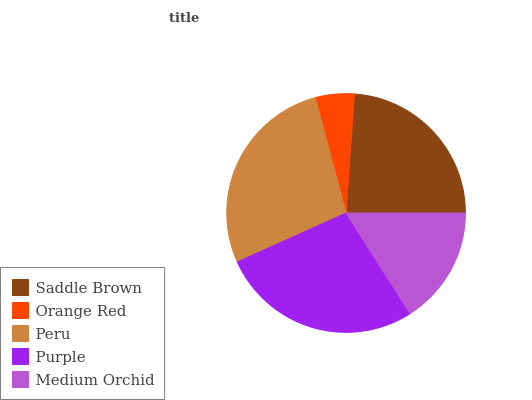
| Saddle Brown | Orange Red | Peru | Purple | Medium Orchid |
 | --- | --- | --- | --- | --- |
 | 23.9% | 5.26% | 27.6% | 27.3% | 15.9% |